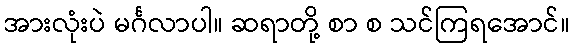
အားလုံးပဲ မင်္ဂလာပါ။ ဆရာတို့ စာ စ သင်ကြရအောင်။